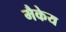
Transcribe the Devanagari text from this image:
मैकेय